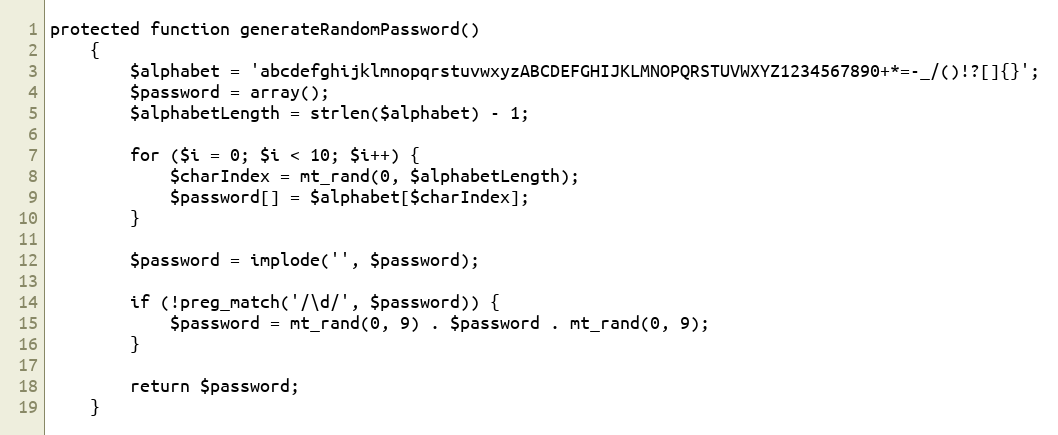
Language: PHP
protected function generateRandomPassword()
    {
        $alphabet = 'abcdefghijklmnopqrstuvwxyzABCDEFGHIJKLMNOPQRSTUVWXYZ1234567890+*=-_/()!?[]{}';
        $password = array();
        $alphabetLength = strlen($alphabet) - 1;

        for ($i = 0; $i < 10; $i++) {
            $charIndex = mt_rand(0, $alphabetLength);
            $password[] = $alphabet[$charIndex];
        }

        $password = implode('', $password);

        if (!preg_match('/\d/', $password)) {
            $password = mt_rand(0, 9) . $password . mt_rand(0, 9);
        }

        return $password;
    }